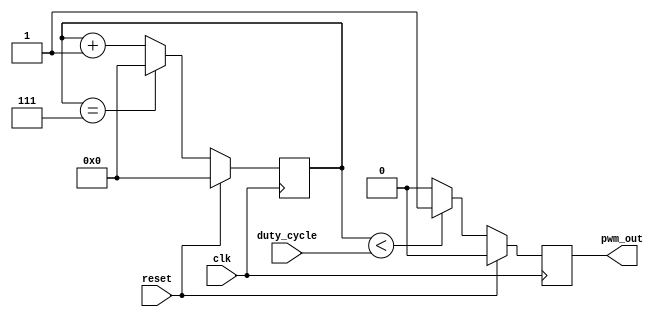
module PWM_generator (
  input clk,
  input reset,
  input [WIDTH-1:0] duty_cycle, 
  output reg pwm_out
);

parameter WIDTH = 8; 

reg [WIDTH-1:0] counter;

always @(posedge clk) begin
  if (reset) begin
    counter <= 0;
    pwm_out <= 1'b0;
  end else begin
    counter <= counter + 1'b1;
    if (counter < duty_cycle) begin
      pwm_out <= 1'b1;
    end else begin
      pwm_out <= 1'b0;
    end
    if (counter == WIDTH-1) begin
      counter <= 0;
    end
  end
end

endmodule